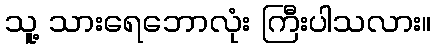
သူ့ သားရေဘောလုံး ကြီးပါသလား။